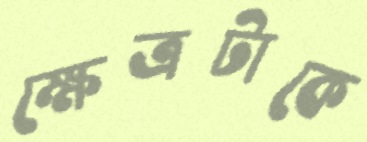
ক্ষেত্রটাকে